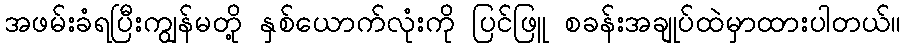
အဖမ်းခံရပြီးကျွန်မတို့ နှစ်ယောက်လုံးကို ပြင်ဖြူ စခန်းအချုပ်ထဲမှာထားပါတယ်။